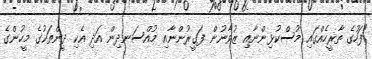
"ފަހުގެ ތާރީހެއްގައި މުސްކުޅިންނާއި ޒުވާނުން ފަގީރުންނާއި މުއްސަނދިން އަދި އެކި ދީންތަކުގެ މީހުންގެ